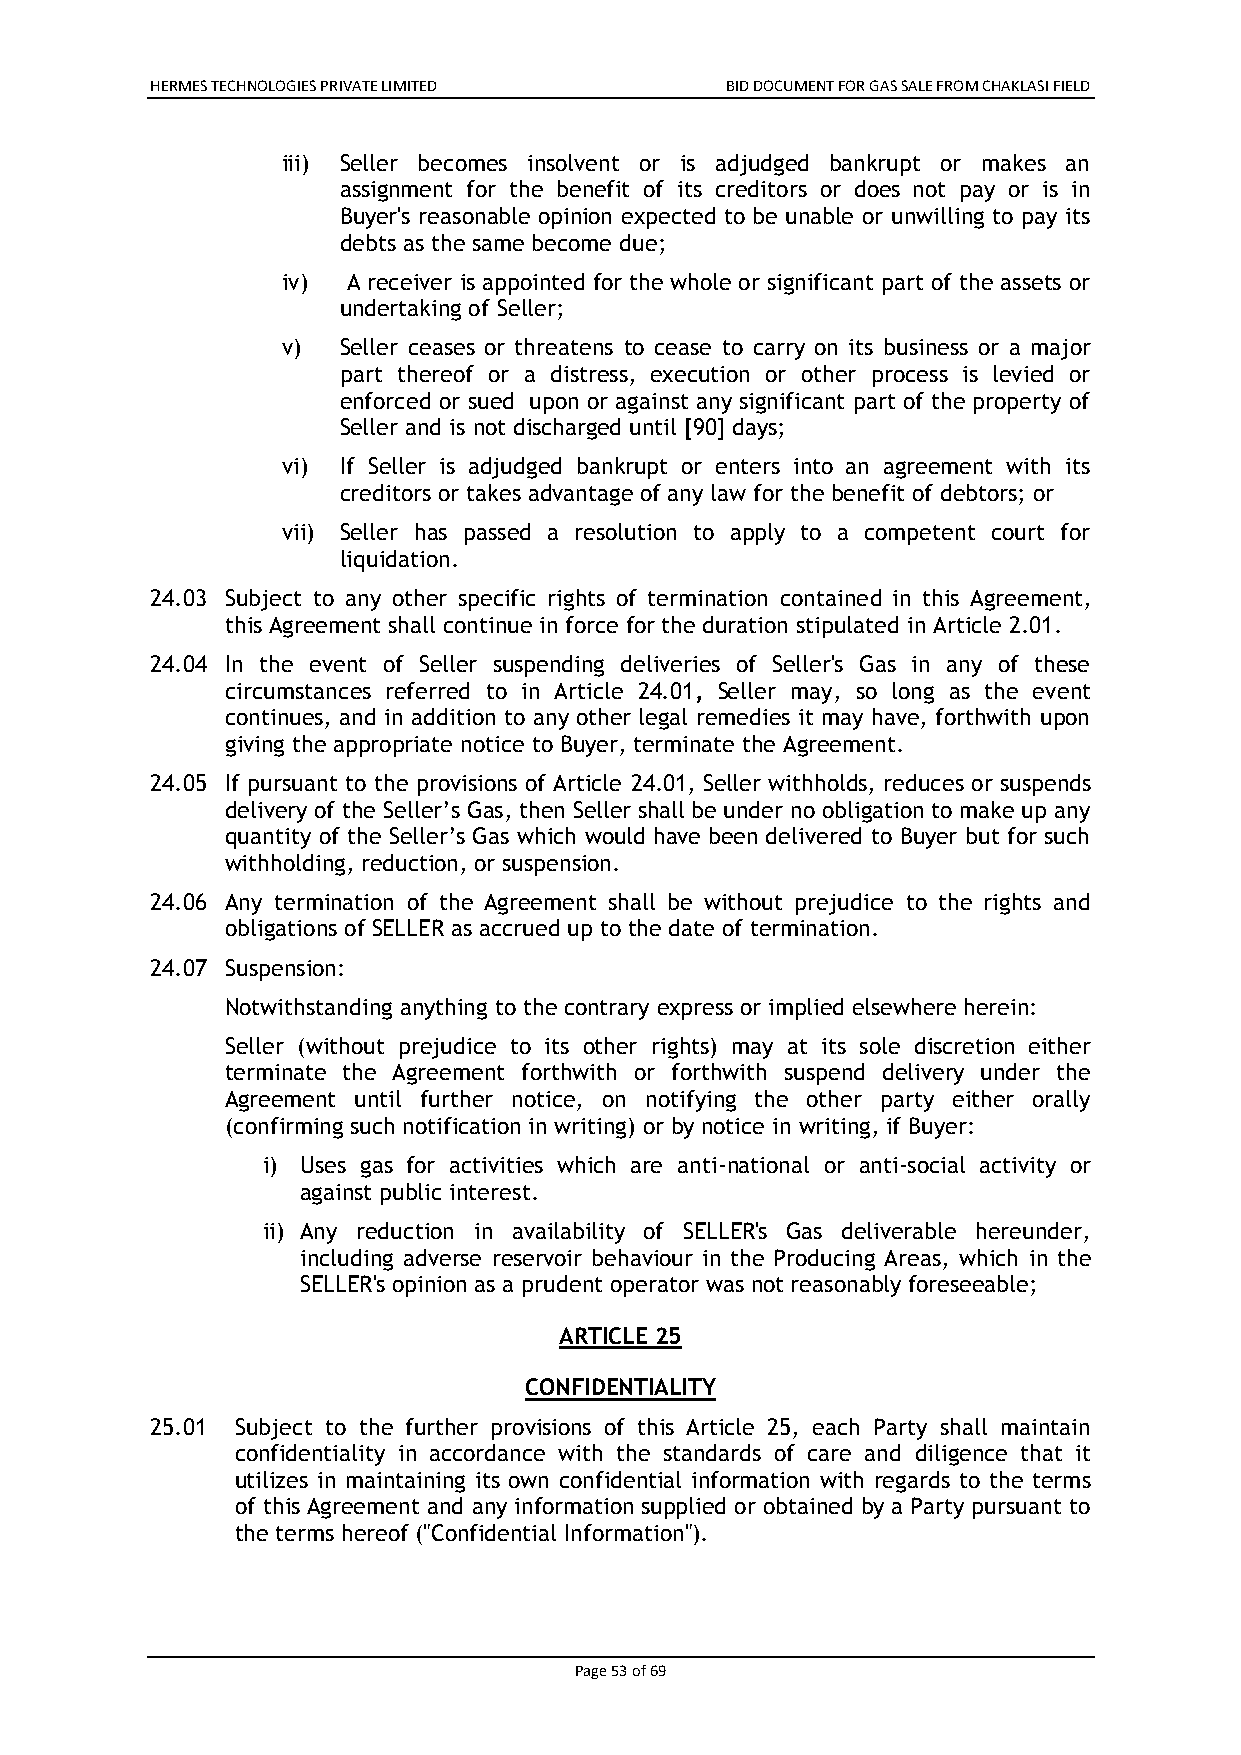
HERMES TECHNOLOGIES PRIVATE LIMITED   BID DOCUMENT FOR GAS SALE FROM CHAKLASI FIELD
 iii) Seller becomes insolvent or is adjudged bankrupt or makes an
 assignment for the benefit of its creditors or does not pay or is in
 Buyer's reasonable opinion expected to be unable or unwilling to pay its
 debts as the same become due;
 iv) A receiver is appointed for the whole or significant part of the assets or
 undertaking of Seller;
 v) Seller ceases or threatens to cease to carry on its business or a major
 part thereof or a distress, execution or other process is levied or
 enforced or sued upon or against any significant part of the property of
 Seller and is not discharged until [90] days;
 vi) If Seller is adjudged bankrupt or enters into an agreement with its
 creditors or takes advantage of any law for the benefit of debtors; or
 vii) Seller has passed a resolution to apply to a competent court for
 liquidation.
 24.03 Subject to any other specific rights of termination contained in this Agreement,
 this Agreement shall continue in force for the duration stipulated in Article 2.01.
 24.04 In the event of Seller suspending deliveries of Seller's Gas in any of these
 circumstances referred to in Article 24.01, Seller may, so long as the event
 continues, and in addition to any other legal remedies it may have, forthwith upon
 giving the appropriate notice to Buyer, terminate the Agreement.
 24.05 If pursuant to the provisions of Article 24.01, Seller withholds, reduces or suspends
 delivery of the Seller’s Gas, then Seller shall be under no obligation to make up any
 quantity of the Seller’s Gas which would have been delivered to Buyer but for such
 withholding, reduction, or suspension.
 24.06 Any termination of the Agreement shall be without prejudice to the rights and
 obligations of SELLER as accrued up to the date of termination.
 24.07 Suspension:
 Notwithstanding anything to the contrary express or implied elsewhere herein:
 Seller (without prejudice to its other rights) may at its sole discretion either
 terminate the Agreement forthwith or forthwith suspend delivery under the
 Agreement until further notice, on notifying the other party either orally
 (confirming such notification in writing) or by notice in writing, if Buyer:
 i) Uses gas for activities which are anti-national or anti-social activity or
 against public interest.
 ii) Any reduction in availability of SELLER's Gas deliverable hereunder,
 including adverse reservoir behaviour in the Producing Areas, which in the
 SELLER's opinion as a prudent operator was not reasonably foreseeable;
 ARTICLE 25
 CONFIDENTIALITY
 25.01 Subject to the further provisions of this Article 25, each Party shall maintain
 confidentiality in accordance with the standards of care and diligence that it
 utilizes in maintaining its own confidential information with regards to the terms
 of this Agreement and any information supplied or obtained by a Party pursuant to
 the terms hereof ("Confidential Information").
 Page 53 of 69